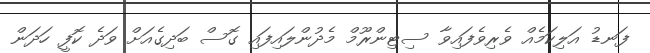
ފަނޑު އަލިކަމެއް ވެރިވެފައިވާ ސިޓިންރޫމް މެދުންލައިފައި ގޮސް ބަދިގެއަށް ވަދެ ކޮފީ ހަދަން